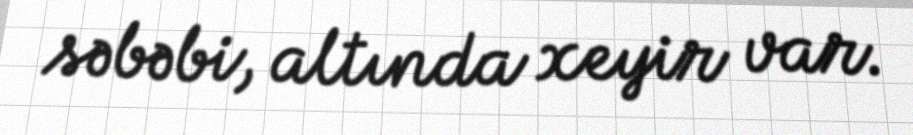
səbəbi, altında xeyir var.